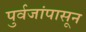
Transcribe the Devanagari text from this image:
पुर्वजांपासून